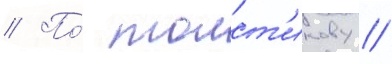
// По́ толст'икову //